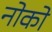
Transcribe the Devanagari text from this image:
नोको